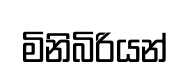
මිනිබිරියන්